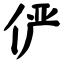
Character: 俨